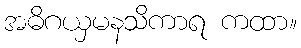
အဓိဂယှမနသိကာရ ကထာ။